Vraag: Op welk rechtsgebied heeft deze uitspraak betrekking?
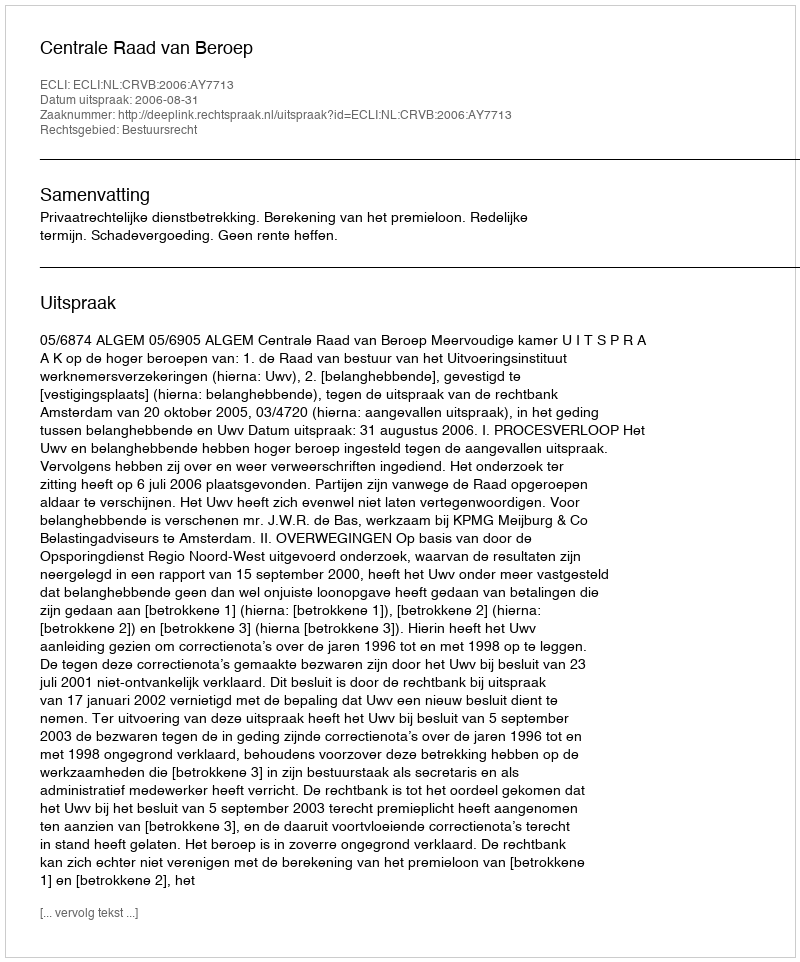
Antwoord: Bestuursrecht